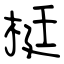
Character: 梃